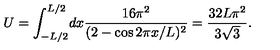
U = \int _ { - L / 2 } ^ { L / 2 } \! d x \frac { 1 6 \pi ^ { 2 } } { ( 2 - \cos 2 \pi x / L ) ^ { 2 } } = \frac { 3 2 L \pi ^ { 2 } } { 3 \sqrt { 3 } } .